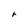
Character: r